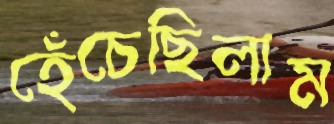
হেঁচেছিলাম